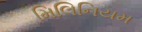
મિલિનિયમ